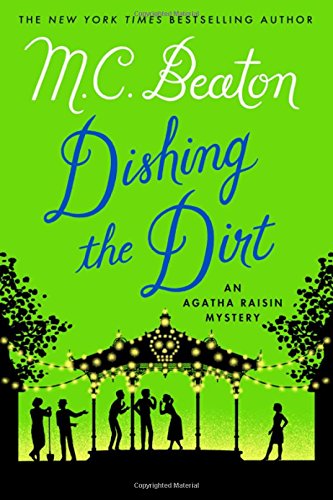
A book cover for Dishing the Dirt: An Agatha Raisin Mystery (Agatha Raisin Mysteries); M. C. Beaton; Mystery, Thriller & Suspense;